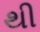
થી